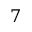
7